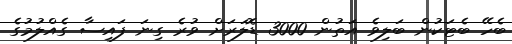
ބެހޭ ބެޓަކުން ބަލިވެ އަތުން 3000 ޑޮލަރަށް ވުރެ ގިނަ ފައިސާ ގެއްލުމުގެ